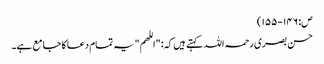
ص: ١٤٦-١٥٥)
حسن بصری رحمہ اللہ کہتے ہیں کہ: "اللھم" یہ تمام دعا کا جامع ہے۔